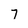
Character: 7